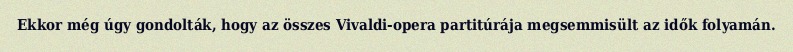
Ekkor még úgy gondolták, hogy az összes Vivaldi-opera partitúrája megsemmisült az idők folyamán.